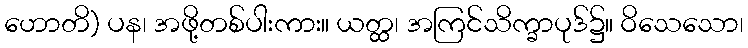
ဟောတိ) ပန၊ အဖို့တစ်ပါးကား။ ယတ္ထ၊ အကြင်သိက္ခာပုဒ်၌။ ဝိသေသော၊